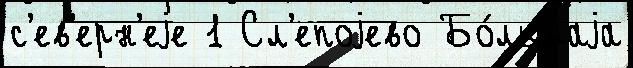
с'ев'ерн'еjе 1 Сл'епоjево Бо́льшаjа